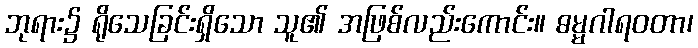
ဘုရား၌ ရိုသေခြင်းရှိသော သူ၏ အဖြစ်လည်းကောင်း။ ဓမ္မဂါရဝတာ၊